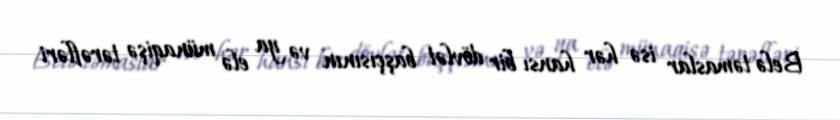
Belə təmaslar isə hər hansı bir dövlət başçısının və ya elə münaqişə tərəfləri